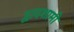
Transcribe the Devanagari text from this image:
द्वादशामी